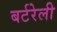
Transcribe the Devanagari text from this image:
बर्टरेली